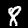
Label: 8